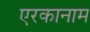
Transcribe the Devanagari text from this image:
एरकानाम